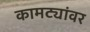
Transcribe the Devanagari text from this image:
कामट्यांवर